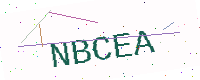
Text: NBCEA